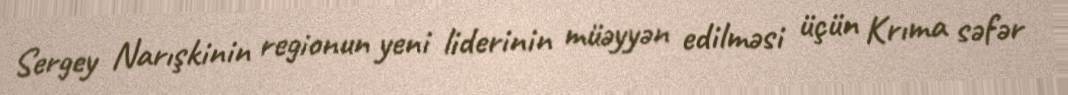
Sergey Narışkinin regionun yeni liderinin müəyyən edilməsi üçün Krıma səfər